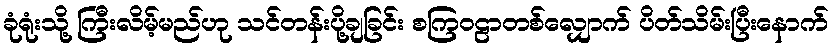
ခုံရုံးသို့ ကြီးလိမ့်မည်ဟု သင်တန်းပို့ချခြင်း စကြဝဠာတစ်လျှောက် ပိတ်သိမ်းပြီးနောက်